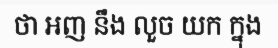
ថា អញ នឹង លួច យក ក្នុង